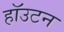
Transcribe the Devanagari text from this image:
हॉउटन